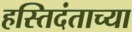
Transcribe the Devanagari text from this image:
हस्तिदंताच्या